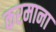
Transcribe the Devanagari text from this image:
करमाना